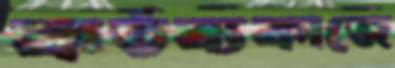
কর্তব্যকাজে